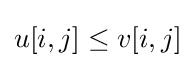
u[i,j]\leq v[i,j]